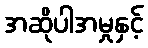
အဆိုပါအမှုနှင့်